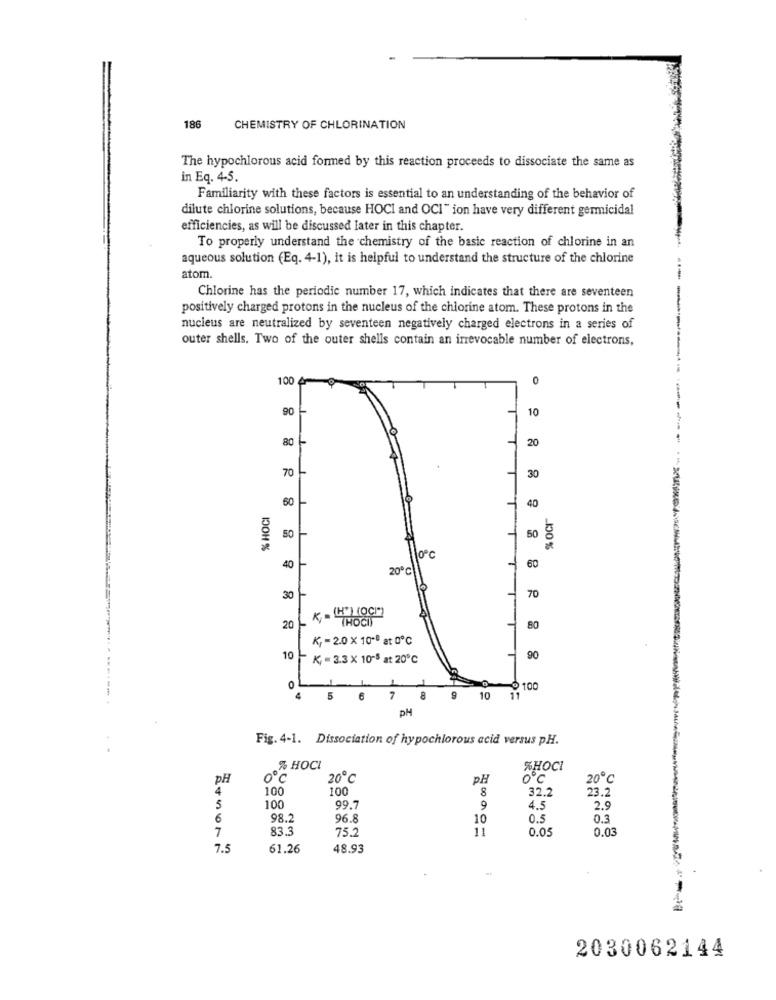
186
CHEMISTRY OF CHLORINATION
The hypochlorous acid formed by this reaction proceeds to dissociate the same as
in Eq. 4-5.
Familiarity with these factors is essential to an understanding of the behavior of
dilute chlorine solutions, because HOCI and OCI" ion have very different germicidal
efficiencies, as will be discussed later in this chapter.
To properly understand the chemistry of the basic reaction of chlorine in an
aqueous solution (Eq. 4-1), it is helpful to understand the structure of the chlorine
atom.
Chlorine has the periodic number 17, which indicates that there are seventeen
positively charged protons in the nucleus of the chlorine atom. These protons in the
nucleus are neutralized by seventeen negatively charged electrons in a series of
outer shells. Two of the outer shells contain an inrevocable number of electrons,
100 4
0
90
10
80
20
70
30
% HOCI
60
40
% Ocr
50 -
50
10ºC
40
20℃)
60
30
70
20-
"" THOCI)
80
Kj - 2.0 × 10 8 at 0℃
10
K =3.3 X 10-8 at 20℃
90
0
100
5
6
7
8
9
10
11
PH
Fig. 4-1. Dissociation of hypochlorous acid versus pH.
% HOCI
%HOCI
pH
0℃
20℃
PH
0℃
20℃
4
100
100
8
32.2
23.2
5
100
99.7
9
4.5
2.9
6
98.2
96.8
10
0.5
0.3
7
83.3
75.
11
0.0
0.03
7.5
61.26
48.93
2030062144